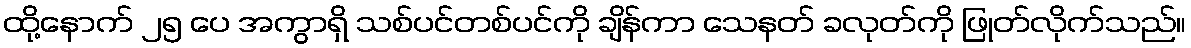
ထို့နောက် ၂၅ ပေ အကွာရှိ သစ်ပင်တစ်ပင်ကို ချိန်ကာ သေနတ် ခလုတ်ကို ဖြုတ်လိုက်သည်။